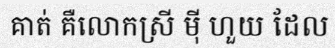
គាត់ គឺលោកស្រី ម៉ី ហួយ ដែល